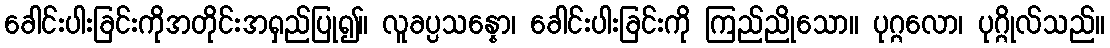
ခေါင်းပါးခြင်းကိုအတိုင်းအရှည်ပြု၍။ လူခပ္ပသန္နော၊ ခေါင်းပါးခြင်းကို ကြည်ညိုသော။ ပုဂ္ဂလော၊ ပုဂ္ဂိုလ်သည်။